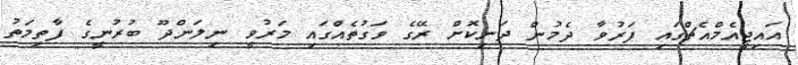
އައިޖީއެމްއެޗްގައި ފަރުވާ ދެމުން ދަނިކޮށް ރޭގެ ވަގުތެއްގައި މަރުވީ ނިލަންދޫ ބުރުނީގެ ފާތިމަތު